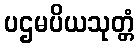
ပဌမပိယသုတ္တံ